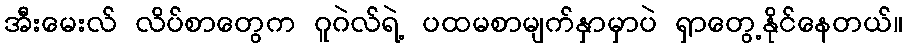
အီးမေးလ် လိပ်စာတွေက ဂူဂဲလ်ရဲ့ ပထမစာမျက်နှာမှာပဲ ရှာတွေ့နိုင်နေတယ်။